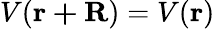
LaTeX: V(\mathbf{r+R})=V(\mathbf{r})